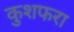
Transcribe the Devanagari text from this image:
कुशफरा